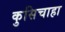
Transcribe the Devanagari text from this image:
कुसिचाहा